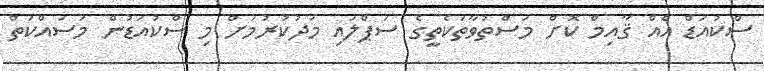
ސްކުއަޑް އެއް ޤާއިމް ކޮށް މަސްތުވާތަކެތީގެ ސަޕްލައި މަދުކުރުމަށް މި ސްކުއަޑުން މަސައްކަތް